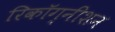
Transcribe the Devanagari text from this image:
रिकॉग्नीशन